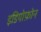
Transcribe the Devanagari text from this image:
इडियोफ़ोन